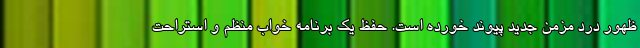
ظهور درد مزمن جدید پیوند خورده است. حفظ یک برنامه خواب منظم و استراحت